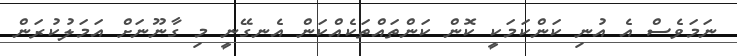
ނަމަވެސް އެ އުނި ކަންކަމަކީ ކޮން ކަންތައްތަކެއްކަން އެނގޭނީ މި ގާނޫނަށް އަމަލުކުރަން